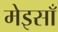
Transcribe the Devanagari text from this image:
मेइसाँ